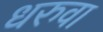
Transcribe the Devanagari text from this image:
धरुवा